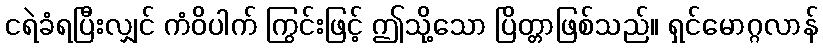
ငရဲခံရပြီးလျှင် ကံဝိပါက် ကြွင်းဖြင့် ဤသို့သော ပြိတ္တာဖြစ်သည်။ ရှင်မောဂ္ဂလာန်